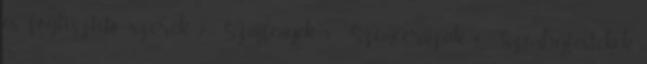
és fogtisztító szerek 2 Szájfények 8 Szemceruzák 4 Szemhéjfestékek